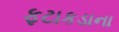
ફટાકડાના